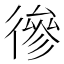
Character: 𢕕